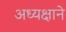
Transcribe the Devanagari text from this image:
अध्यक्षाने